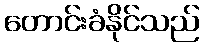
တောင်းခံနိုင်သည်